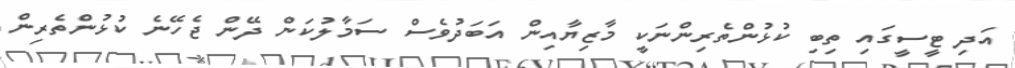
އަދި ޓީސީގައި ތިބި ކުޅުންތެރިންނަކީ މާޒިޔާއިން އަބަދުވެސް ސަމާލުކަން ދޭން ޖެހޭނެ ކުޅުންތެރިން